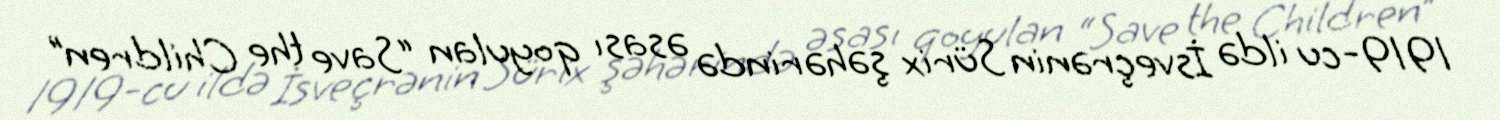
1919-cu ildə İsveçrənin Sürix şəhərində əsası qoyulan “Save the Children”